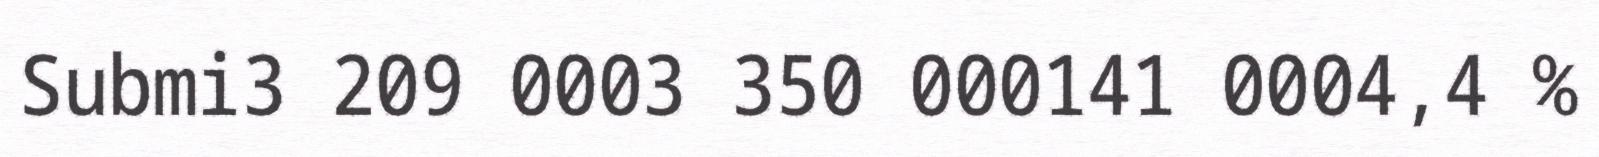
Submi3 209 0003 350 000141 0004,4 %